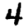
Digit: 4